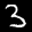
Label: 3